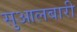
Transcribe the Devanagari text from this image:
सुआलबारी